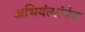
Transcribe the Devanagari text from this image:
अभियंत्यांचेच